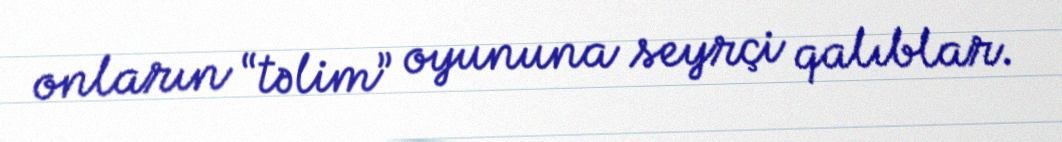
onların “təlim” oyununa seyrçi qalıblar.